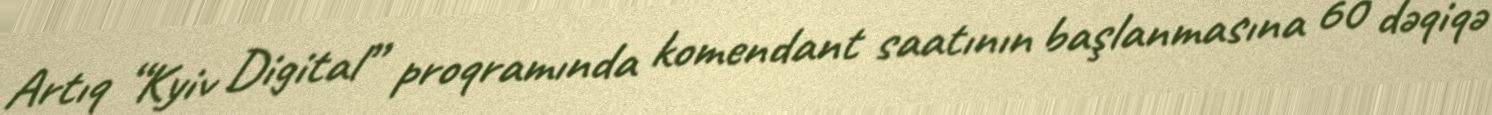
Artıq “Kyiv Digital” proqramında komendant saatının başlanmasına 60 dəqiqə